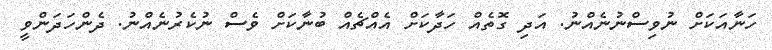
ހަނާއަކަށް ނުވިސްނުނެއްނު. އަދި ގޮތެއް ހަދާކަށް އެއްޗެއް ބުނާކަށް ވެސް ނުކެރުނެއްނު. ދެންހަދަންވީ